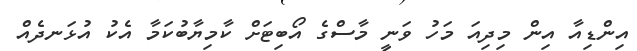
އިންޑިއާ އިން މިދިއަ މަހު ވަނީ މާސްގެ އޯބިޓަށް ކާމިޔާބުކަމާ އެކު އުޅަނދެއް